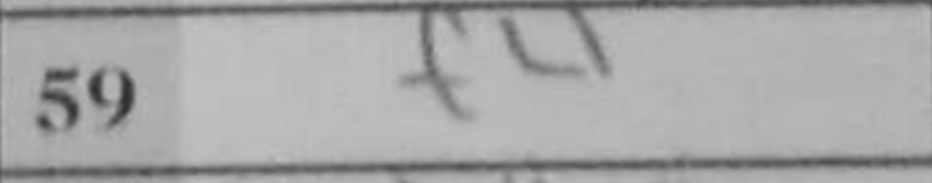
Transcription: f4